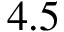
4 . 5